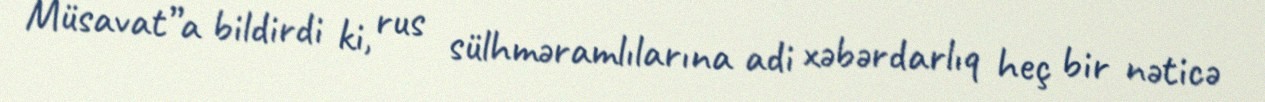
Müsavat”a bildirdi ki, rus sülhməramlılarına adi xəbərdarlıq heç bir nəticə